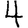
Digit: 4